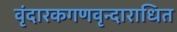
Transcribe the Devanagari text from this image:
वृंदारकगणवृन्दाराधित